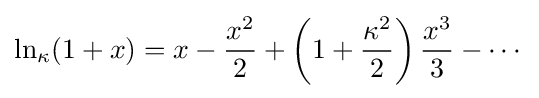
\ln _{\kappa }(1+x)=x-{\frac {x^{2}}{2}}+\left(1+{\frac {\kappa ^{2}}{2}}\right){\frac {x^{3}}{3}}-\cdots